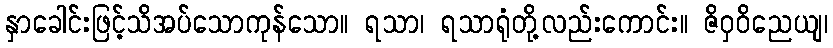
နှာခေါင်းဖြင့်သိအပ်သောကုန်သော။ ရသာ၊ ရသာရုံတို့လည်းကောင်း။ ဇိဝှဝိညေယျ၊